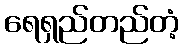
ရေရှည်တည်တံ့